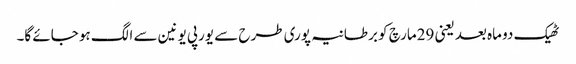
ٹھیک دو ماہ بعد یعنی 29مارچ کو برطانیہ پوری طرح سے یورپی یونین سے الگ ہو جائے گا۔